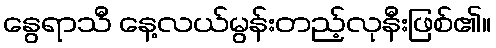
နွေရာသီ နေ့လယ်မွန်းတည့်လုနီးဖြစ်၏။